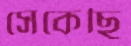
সেকেছি